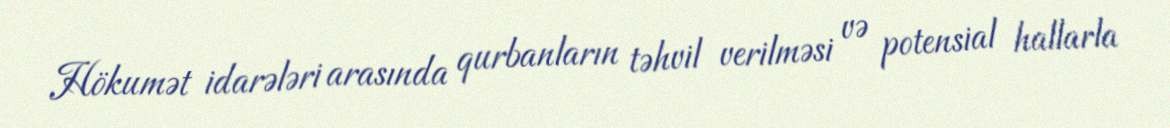
Hökumət idarələri arasında qurbanların təhvil verilməsi və potensial hallarla